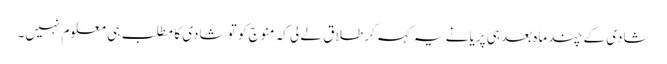
شادی کے چند ماہ بعد ہی پریا نے یہ کہہ کر طلاق لے لی کہ منوج کو تو شادی کا مطلب ہی معلوم نہیں۔